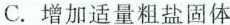
C.增加适量粗盐固体